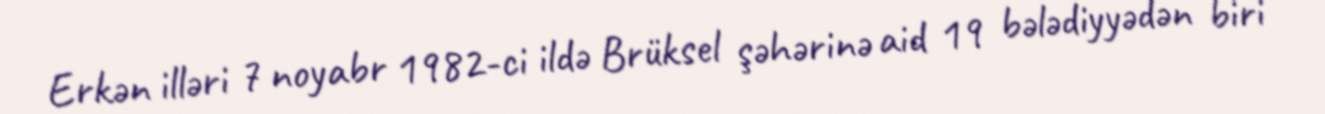
Erkən illəri 7 noyabr 1982-ci ildə Brüksel şəhərinə aid 19 bələdiyyədən biri